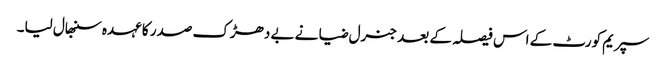
سپریم کورٹ کے اس فیصلہ کے بعد جنرل ضیا نے بے دھڑک صدر کا عہدہ سنبھال لیا۔